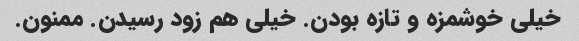
خیلی خوشمزه و تازه بودن. خیلی هم زود رسیدن. ممنون.